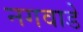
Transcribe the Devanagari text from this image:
नगवाडे